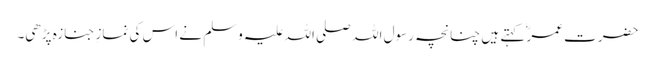
حضرت عمرؓ کہتے ہیں چنانچہ رسول اللہ صلی اللہ علیہ وسلم نے اس کی نمازِ جنازہ پڑھی۔